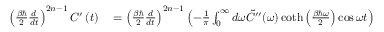
\begin{array} { r l } { \left( \frac { \beta \hbar } { 2 } \frac { d } { d t } \right) ^ { 2 n - 1 } C ^ { \prime } \left( t \right) } & { { } = \left( \frac { \beta \hbar } { 2 } \frac { d } { d t } \right) ^ { 2 n - 1 } \left( - \frac { 1 } { \pi } \int _ { 0 } ^ { \infty } d \omega \tilde { C } ^ { \prime \prime } ( \omega ) \coth \left( \frac { \beta \hbar \omega } { 2 } \right) \cos \omega t \right) } \end{array}